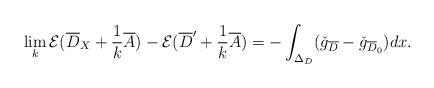
LaTeX: \begin{align*} \lim_k\mathcal{E}(\overline{D}_X+\frac{1}{k}\overline{A})-\mathcal{E}(\overline{D}'+\frac{1}{k}\overline{A})= -\int_{\Delta_D} (\check{g}_{\overline{D}}-\check{g}_{{\overline{D}_0}})dx.\end{align*}